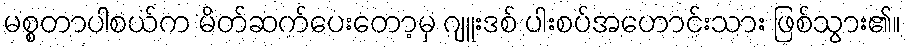
မစ္စတာပါစယ်က မိတ်ဆက်ပေးတော့မှ ဂျူးဒစ် ပါးစပ်အဟောင်းသား ဖြစ်သွား၏။